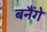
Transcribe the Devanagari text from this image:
बनैंगे